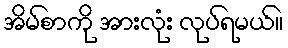
အိမ်စာကို အားလုံး လုပ်ရမယ်။